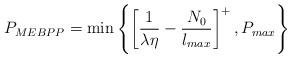
LaTeX: \begin{align*}P_{MEBPP} = \min\left\{ \left[ \frac{1}{\lambda \eta} - \frac{N_0}{l_{max}} \right]^{+}, P_{max} \right \}\end{align*}